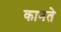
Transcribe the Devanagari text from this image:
कानते